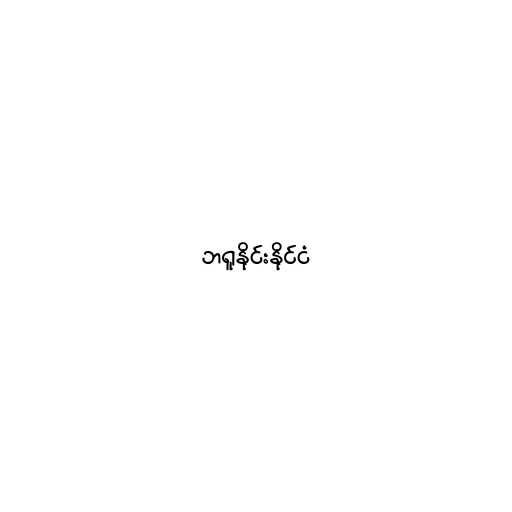
ဘရူနိုင်းနိုင်ငံ